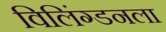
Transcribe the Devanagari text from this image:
विलिंग्डनला